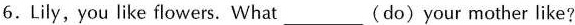
6.Lily, you like flowers. What ___ (do)your mother like?